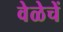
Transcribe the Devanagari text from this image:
वेळेचें